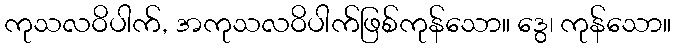
ကုသလဝိပါက်, အကုသလဝိပါက်ဖြစ်ကုန်သော။ ဒွေ၊ ကုန်သော။